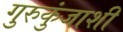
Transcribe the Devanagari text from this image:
गुरुकुंजाशी